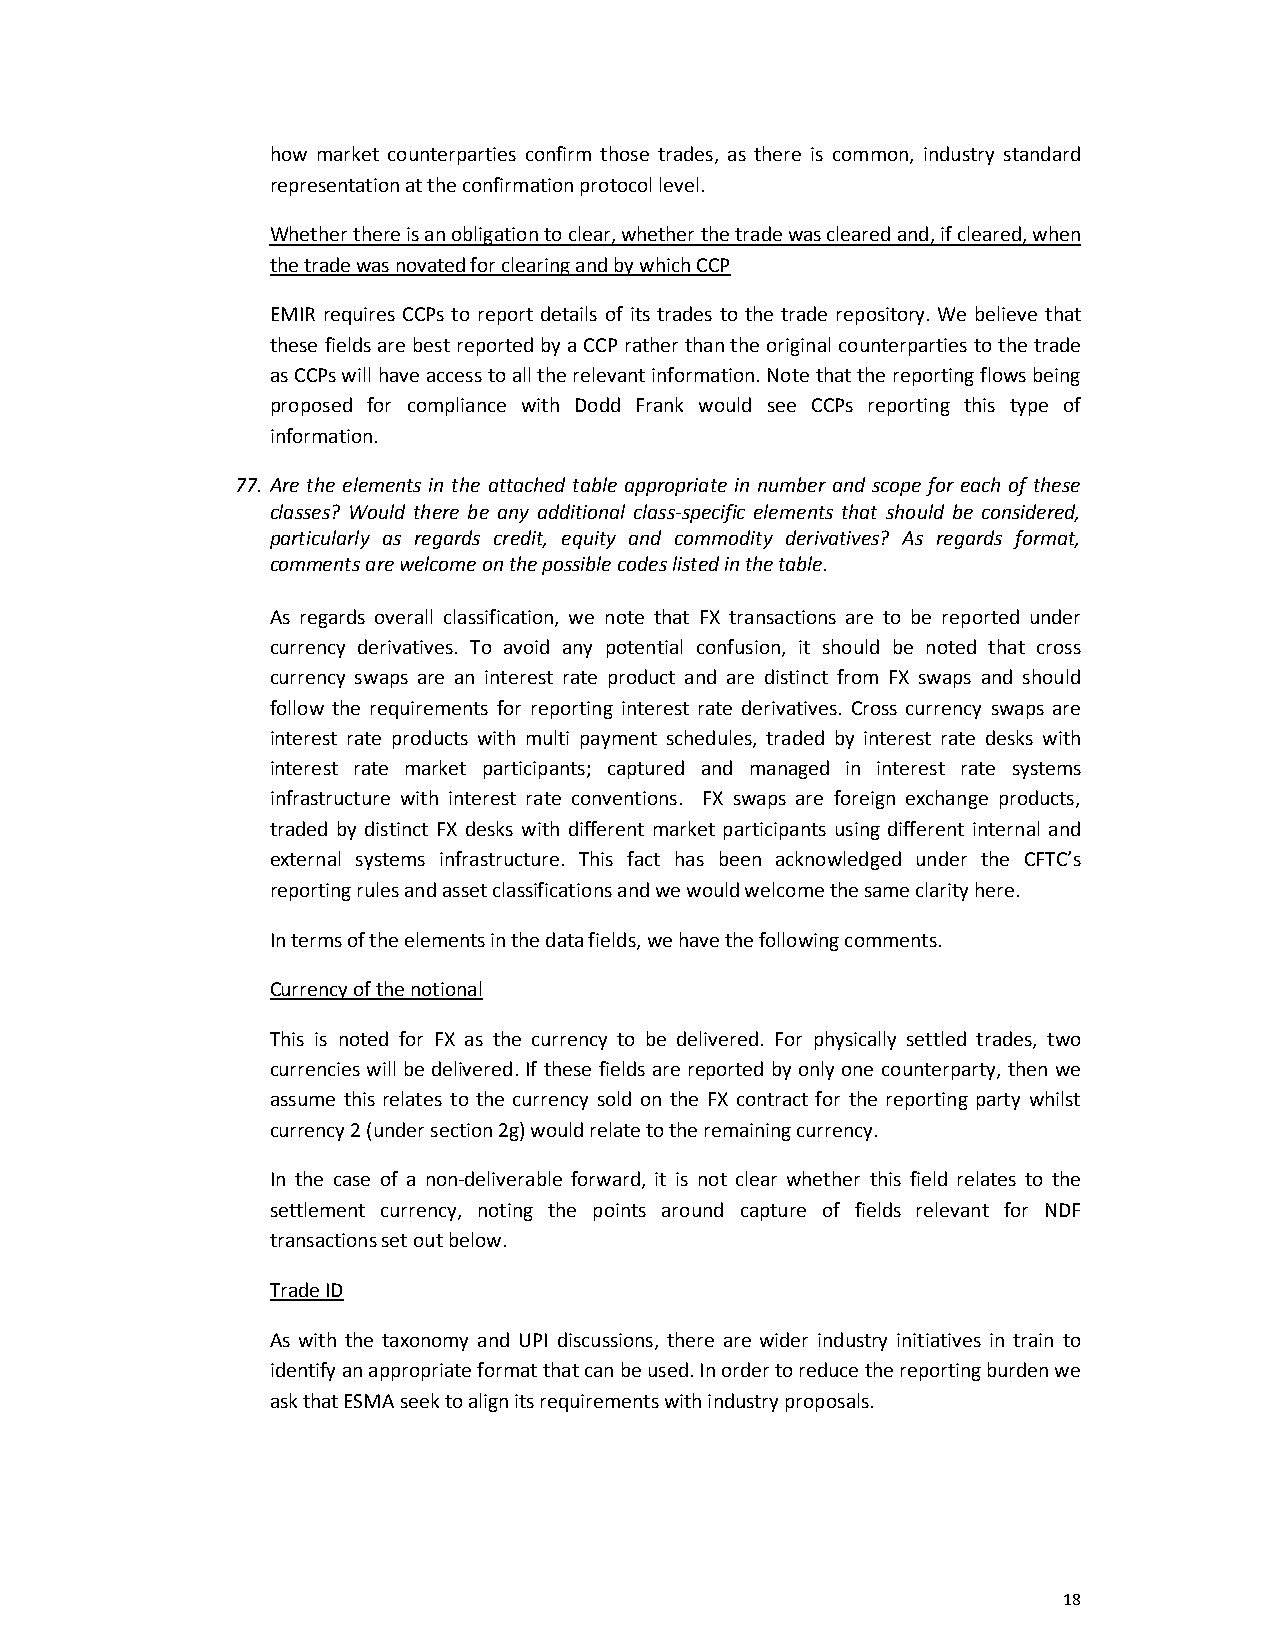
how market counterparties confirm those trades, as there is common, industry standard
 representation at the confirmation protocol level.
 Whether there is an obligation to clear, whether the trade was cleared and, if cleared, when
 the trade was novated for clearing and by which CCP
 EMIR requires CCPs to report details of its trades to the trade repository. We believe that
 these fields are best reported by a CCP rather than the original counterparties to the trade
 as CCPs will have access to all the relevant information. Note that the reporting flows being
 proposed for compliance with Dodd Frank would see CCPs reporting this type of
 information.
 77. Are the elements in the attached table appropriate in number and scope for each of these
 classes? Would there be any additional class-specific elements that should be considered,
 particularly as regards credit, equity and commodity derivatives? As regards format,
 comments are welcome on the possible codes listed in the table.
 As regards overall classification, we note that FX transactions are to be reported under
 currency derivatives. To avoid any potential confusion, it should be noted that cross
 currency swaps are an interest rate product and are distinct from FX swaps and should
 follow the requirements for reporting interest rate derivatives. Cross currency swaps are
 interest rate products with multi payment schedules, traded by interest rate desks with
 interest rate market participants; captured and managed in interest rate systems
 infrastructure with interest rate conventions. FX swaps are foreign exchange products,
 traded by distinct FX desks with different market participants using different internal and
 external systems infrastructure. This fact has been acknowledged under the CFTC’s
 reporting rules and asset classifications and we would welcome the same clarity here.
 In terms of the elements in the data fields, we have the following comments.
 Currency of the notional
 This is noted for FX as the currency to be delivered. For physically settled trades, two
 currencies will be delivered. If these fields are reported by only one counterparty, then we
 assume this relates to the currency sold on the FX contract for the reporting party whilst
 currency 2 (under section 2g) would relate to the remaining currency.
 In the case of a non-deliverable forward, it is not clear whether this field relates to the
 settlement currency, noting the points around capture of fields relevant for NDF
 transactions set out below.
 Trade ID
 As with the taxonomy and UPI discussions, there are wider industry initiatives in train to
 identify an appropriate format that can be used. In order to reduce the reporting burden we
 ask that ESMA seek to align its requirements with industry proposals.
 18